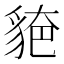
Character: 𧳗